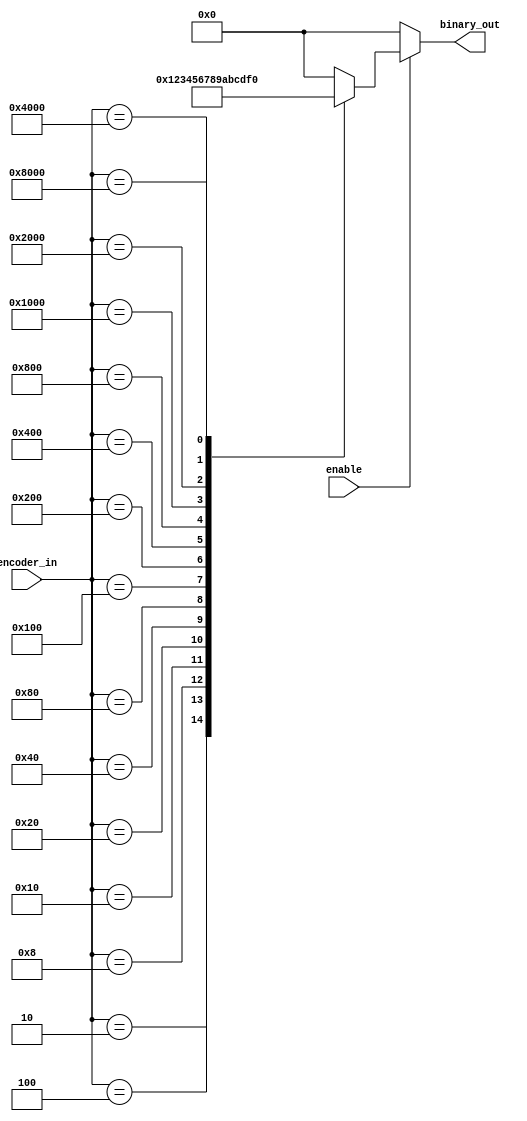
//-----------------------------------------------------
// Design Name : encoder_using_case
// Function    : Encoder using Case
// Coder      : Deepak Kumar Tala
//-----------------------------------------------------
module encoder_using_case(
binary_out , //  4 bit binary Output
encoder_in , //  16-bit Input
enable       //  Enable for the encoder
);
output [3:0] binary_out  ;
input  enable ; 
input [15:0] encoder_in ; 
     
reg [3:0] binary_out ;
      
always @ (enable or encoder_in)
begin
  binary_out = 0;
  if (enable) begin
    case (encoder_in) 
      16'h0002 : binary_out = 1; 
      16'h0004 : binary_out = 2; 
      16'h0008 : binary_out = 3; 
      16'h0010 : binary_out = 4;
      16'h0020 : binary_out = 5; 
      16'h0040 : binary_out = 6; 
      16'h0080 : binary_out = 7; 
      16'h0100 : binary_out = 8;
      16'h0200 : binary_out = 9;
      16'h0400 : binary_out = 10; 
      16'h0800 : binary_out = 11; 
      16'h1000 : binary_out = 12; 
      16'h2000 : binary_out = 13; 
      16'h4000 : binary_out = 14; 
      16'h8000 : binary_out = 15; 
   endcase
  end
end

endmodule